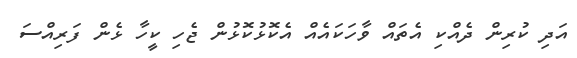
އަދި ކުރިން ދެއްކި އެތައް ވާހަކައެއް އެކޮޅުކޮޅުން ޖެހި ކީހާ ޅެން ފަރިއްސަ